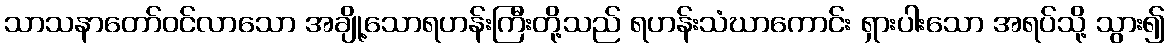
သာသနာတော်ဝင်လာသော အချို့သောရဟန်းကြီးတို့သည် ရဟန်းသံဃာကောင်း ရှားပါးသော အရပ်သို့ သွား၍